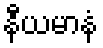
နီယမာနံ